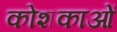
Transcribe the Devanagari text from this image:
कोशकाओं